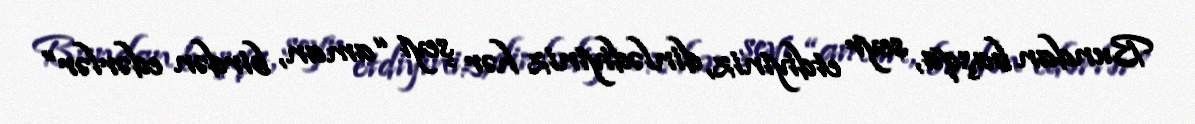
Bundan başqa, seyr etdiyiniz, dinlədiyiniz hər şeyi “aman, birdən edərlər”